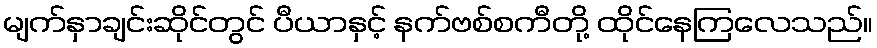
မျက်နှာချင်းဆိုင်တွင် ပီယာနှင့် နက်ဗစ်စကီတို့ ထိုင်နေကြလေသည်။